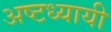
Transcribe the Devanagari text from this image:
अष्टध्यायी